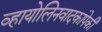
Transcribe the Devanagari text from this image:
व्हायोलिनवादकांपेकी